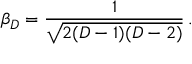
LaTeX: \beta _ { D } = \frac { 1 } { \sqrt { 2 ( D - 1 ) ( D - 2 ) } } \, .